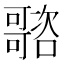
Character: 𡃭